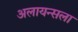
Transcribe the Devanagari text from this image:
अलायन्सला